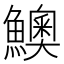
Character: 𩼈